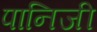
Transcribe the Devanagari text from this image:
पानिजी